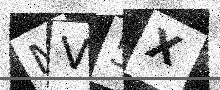
Text: MV5X